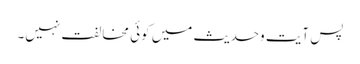
پس آیت وحدیث میں کوئی مخالفت نہیں۔